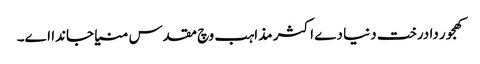
کھجور دا درخت دنیا دے اکثر مذاہب وچ مقدس منیا جاندا ا‏‏ے۔